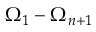
\Omega _ { 1 } - \Omega _ { n + 1 }